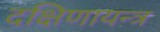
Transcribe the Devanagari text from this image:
दक्षिणायन्त्र